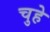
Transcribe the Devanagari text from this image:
चुहे